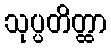
သုပ္ပတိတ္ထာ